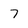
Character: 7